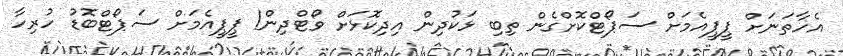
އެހާތަނަށް ޕީޕީއެމަށް ސަޕޯޓްކޮށްގެން ތިބި ޅަކުދިން އިދިކޮޅަށް ވޯޓްދިން! ޕީޕީއެމަށް ސަޕޯޓްބޮޑު ހުރިހާ